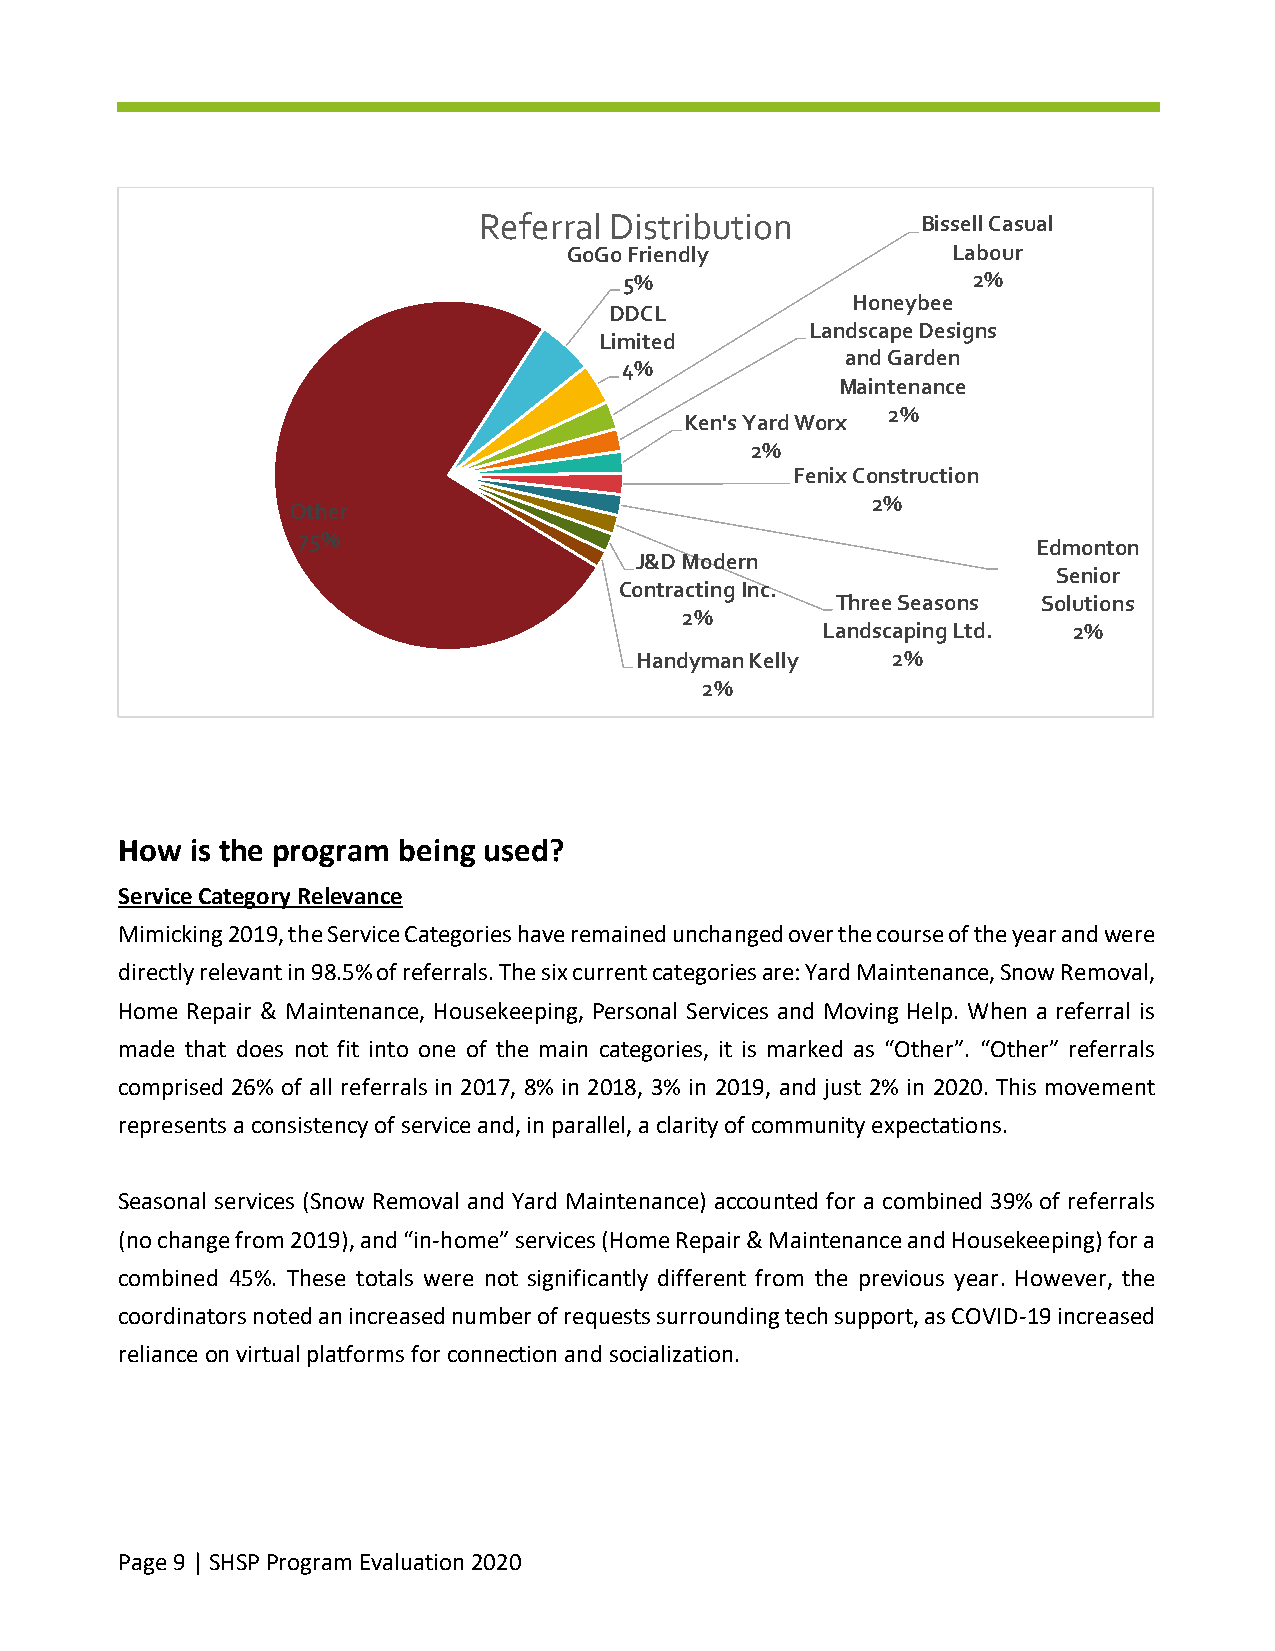
Referral Distribution        Bissell Casual
 GoGo Friendly            Labour
 5%                     2%
 Honeybee
 DDCL
 Landscape Designs
 Limited
 and Garden
 4%
 Maintenance
 2%
 Ken's Yard Worx
 2%
 Fenix Construction
 2%
 Other
 75%
 Edmonton
 J&D Modern
 Senior
 Contracting Inc.
 Three Seasons Solutions
 2%
 Landscaping Ltd. 2%
 Handyman Kelly   2%
 2%
 How  is the program being used?
 Service Category Relevance
 Mimicking 2019, the Service Categories have remained unchanged over the course of the year and were
 directly relevant in 98.5% of referrals. The six current categories are: Yard Maintenance, Snow Removal,
 Home Repair & Maintenance, Housekeeping, Personal Services and Moving Help. When a referral is
 made that does not fit into one of the main categories, it is marked as “Other”. “Other” referrals
 comprised 26% of all referrals in 2017, 8% in 2018, 3% in 2019, and just 2% in 2020. This movement
 represents a consistency of service and, in parallel, a clarity of community expectations.
 Seasonal services (Snow Removal and Yard Maintenance) accounted for a combined 39% of referrals
 (no change from 2019), and “in-home” services (Home Repair & Maintenance and Housekeeping) for a
 combined 45%. These totals were not significantly different from the previous year. However, the
 coordinators noted an increased number of requests surrounding tech support, as COVID-19 increased
 reliance on virtual platforms for connection and socialization.
 Page 9 | SHSP Program Evaluation 2020